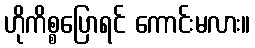
ဟိုကိစ္စပြောရင် ကောင်းမလား။